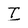
Character: I